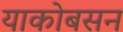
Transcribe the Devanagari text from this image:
याकोबसन